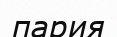
пария